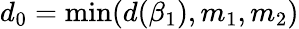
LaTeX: d_{0}=\operatorname*{min}(d(\beta_{1}),m_{1},m_{2})